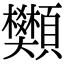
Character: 䫶